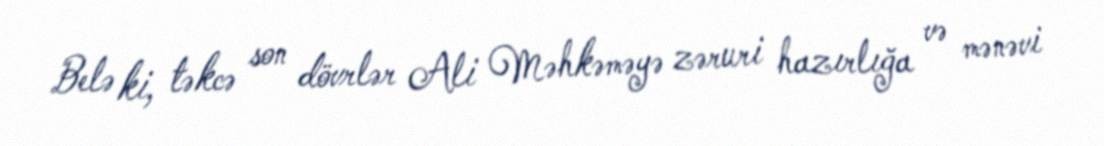
Belə ki, təkcə son dövrlər Ali Məhkəməyə zəruri hazırlığa və mənəvi